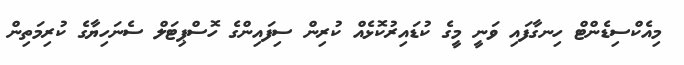
މިއެކްސިޑެންޓް ހިނގާފައި ވަނީ މީގެ ކުޑައިރުކޮޅެއް ކުރިން ސިފައިންގެ ހޮސްޕިޓަލް ސެނަހިޔާގެ ކުރިމަތިން